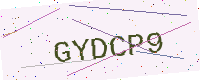
Text: GYDCP9